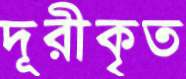
দূরীকৃত